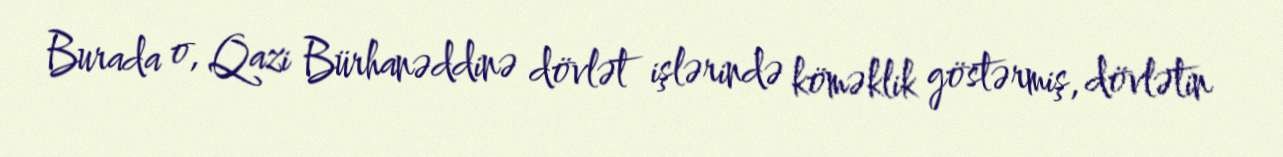
Burada o, Qazi Bürhanəddinə dövlət işlərində köməklik göstərmiş, dövlətin